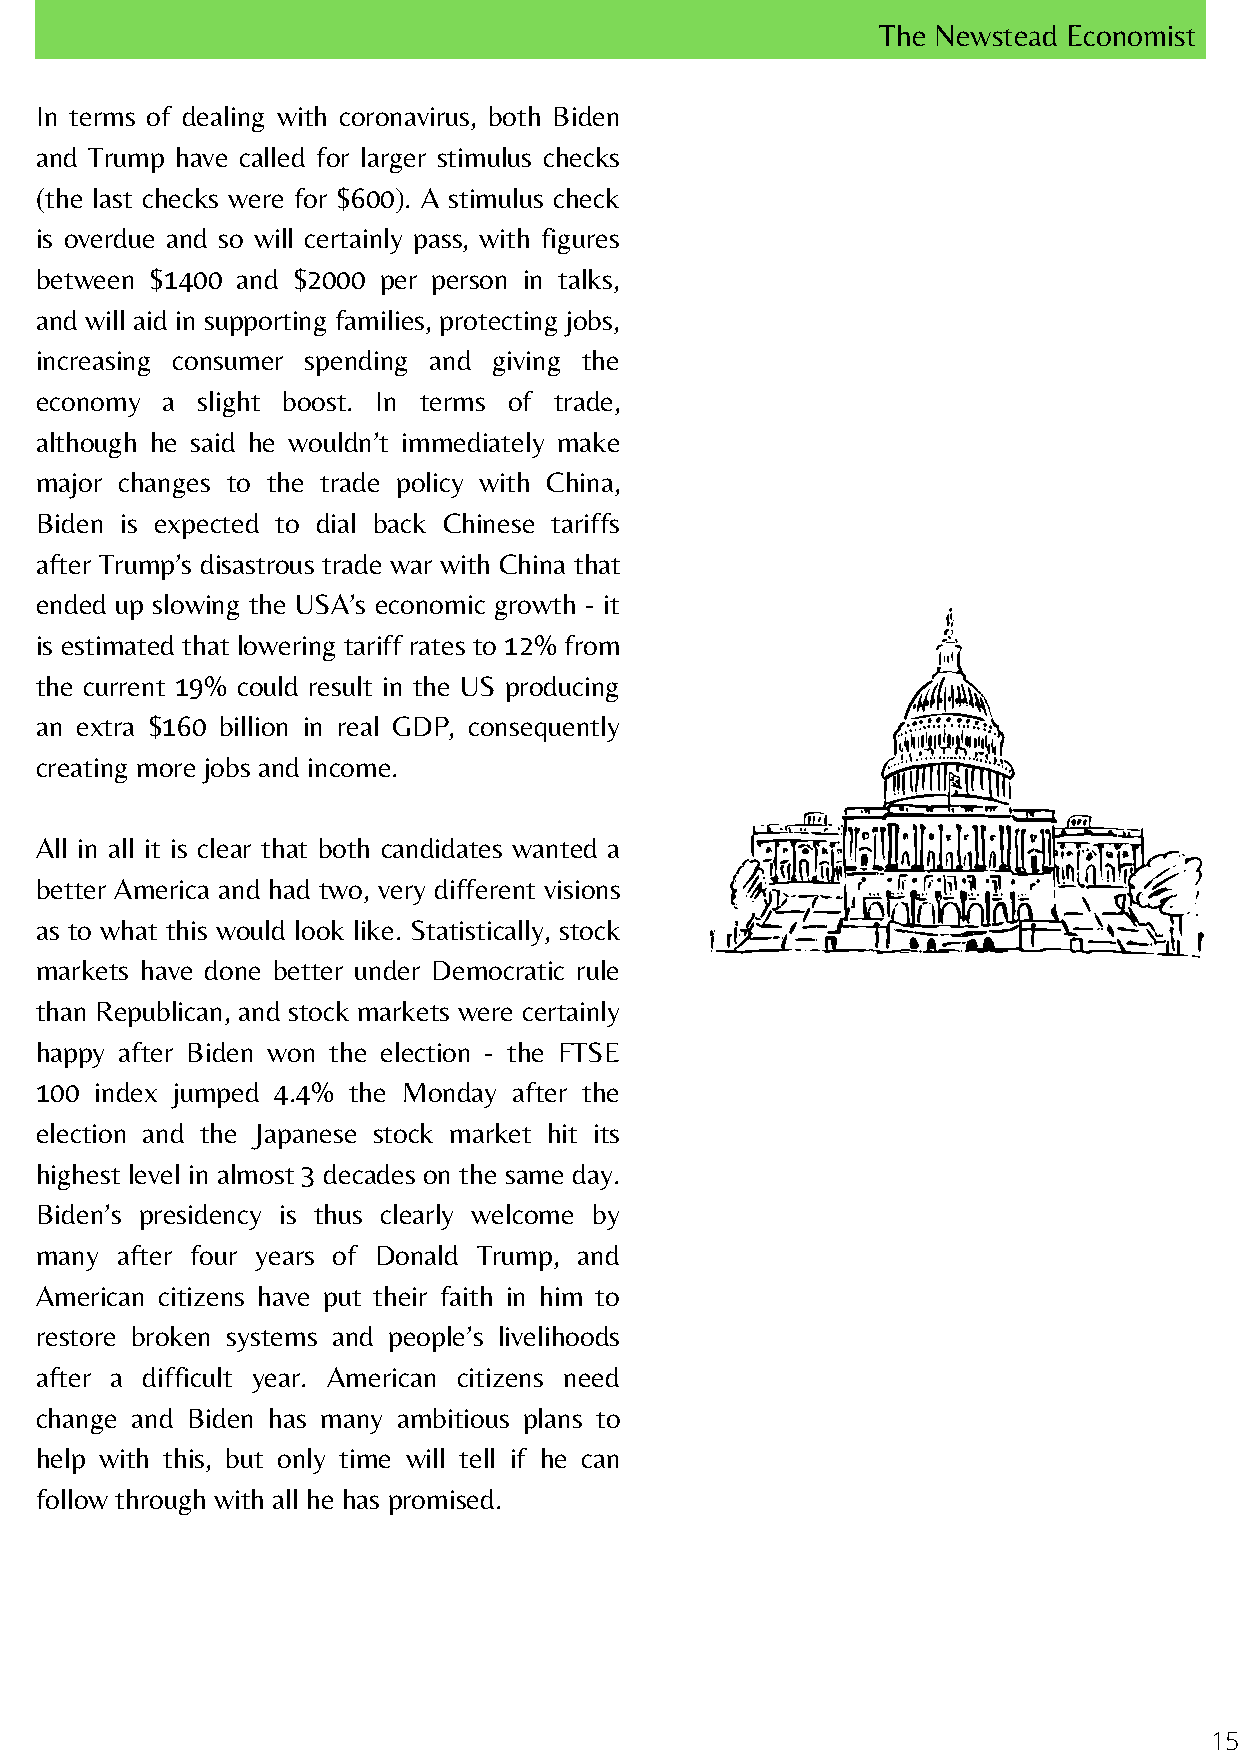
The Newstead Economist
 In terms of dealing with coronavirus, both Biden
 and Trump have called for larger stimulus checks
 (the last checks were for $600). A stimulus check
 is overdue and so will certainly pass, with figures
 between $1400 and $2000 per person in talks,
 and will aid in supporting families, protecting jobs,
 increasing consumer spending and giving the
 economy  a slight boost. In terms of trade,
 although he said he wouldn’t immediately make
 major changes to the trade policy with China,
 Biden is expected to dial back Chinese tariffs
 after Trump’s disastrous trade war with China that
 ended up slowing the USA’s economic growth - it
 is estimated that lowering tariff rates to 12% from
 the current 19% could result in the US producing
 an extra $160 billion in real GDP, consequently
 creating more jobs and income.
 All in all it is clear that both candidates wanted a
 better America and had two, very different visions
 as to what this would look like. Statistically, stock
 markets have done better under Democratic rule
 than Republican, and stock markets were certainly
 happy after Biden won the election - the FTSE
 100 index jumped 4.4% the Monday after the
 election and the Japanese stock market hit its
 highest level in almost 3 decades on the same day.
 Biden’s presidency is thus clearly welcome by
 many  after four years of Donald Trump, and
 American citizens have put their faith in him to
 restore broken systems and people’s livelihoods
 after a difficult year. American citizens need
 change and Biden has many ambitious plans to
 help with this, but only time will tell if he can
 follow through with all he has promised.
 15